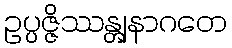
ဥပ္ပဇ္ဇိဿန္တျနာဂတေ